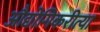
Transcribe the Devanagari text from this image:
औद्योगिकरीत्या